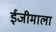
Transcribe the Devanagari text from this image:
ईजीमाला